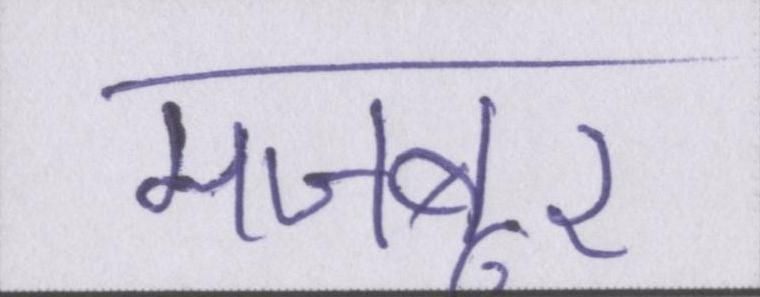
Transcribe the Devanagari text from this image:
मजबूर